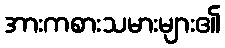
အားကစားသမားများ၏